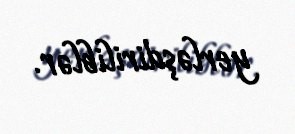
yerləşdiriliblər.